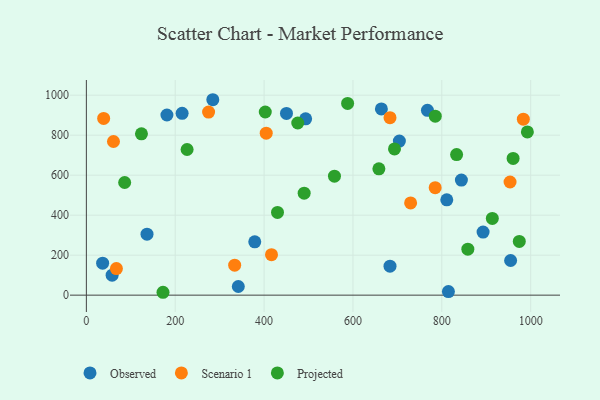
{"axis": {"x": "Study Hours", "y": "Exam Score"}, "legend": ["Observed", "Projected", "Scenario 1"], "data": [{"x": "284.6", "y": 977.2, "type": "Observed"}, {"x": "136.5", "y": 304.7, "type": "Observed"}, {"x": "767.7", "y": 924.1, "type": "Observed"}, {"x": "664.0", "y": 931.4, "type": "Observed"}, {"x": "36.6", "y": 160.0, "type": "Observed"}, {"x": "811.2", "y": 476.8, "type": "Observed"}, {"x": "215.5", "y": 909.0, "type": "Observed"}, {"x": "181.3", "y": 900.9, "type": "Observed"}, {"x": "954.9", "y": 173.3, "type": "Observed"}, {"x": "493.5", "y": 881.8, "type": "Observed"}, {"x": "58.0", "y": 100.1, "type": "Observed"}, {"x": "844.1", "y": 575.4, "type": "Observed"}, {"x": "814.9", "y": 17.8, "type": "Observed"}, {"x": "683.4", "y": 144.8, "type": "Observed"}, {"x": "342.0", "y": 43.4, "type": "Observed"}, {"x": "704.5", "y": 770.2, "type": "Observed"}, {"x": "450.4", "y": 908.7, "type": "Observed"}, {"x": "379.0", "y": 266.8, "type": "Observed"}, {"x": "892.9", "y": 315.4, "type": "Observed"}, {"x": "333.8", "y": 150.1, "type": "Scenario 1"}, {"x": "275.1", "y": 915.3, "type": "Scenario 1"}, {"x": "683.4", "y": 887.5, "type": "Scenario 1"}, {"x": "38.9", "y": 883.7, "type": "Scenario 1"}, {"x": "953.6", "y": 565.9, "type": "Scenario 1"}, {"x": "67.6", "y": 132.9, "type": "Scenario 1"}, {"x": "785.1", "y": 537.2, "type": "Scenario 1"}, {"x": "983.5", "y": 880.0, "type": "Scenario 1"}, {"x": "61.0", "y": 768.3, "type": "Scenario 1"}, {"x": "416.7", "y": 202.4, "type": "Scenario 1"}, {"x": "404.8", "y": 810.1, "type": "Scenario 1"}, {"x": "729.8", "y": 461.2, "type": "Scenario 1"}, {"x": "475.8", "y": 860.7, "type": "Projected"}, {"x": "226.7", "y": 728.3, "type": "Projected"}, {"x": "833.3", "y": 702.8, "type": "Projected"}, {"x": "402.7", "y": 915.8, "type": "Projected"}, {"x": "430.2", "y": 413.5, "type": "Projected"}, {"x": "658.4", "y": 631.9, "type": "Projected"}, {"x": "558.4", "y": 594.9, "type": "Projected"}, {"x": "858.6", "y": 230.0, "type": "Projected"}, {"x": "124.0", "y": 806.6, "type": "Projected"}, {"x": "693.5", "y": 731.0, "type": "Projected"}, {"x": "913.7", "y": 383.7, "type": "Projected"}, {"x": "960.5", "y": 683.6, "type": "Projected"}, {"x": "588.0", "y": 958.8, "type": "Projected"}, {"x": "86.2", "y": 563.2, "type": "Projected"}, {"x": "490.2", "y": 510.1, "type": "Projected"}, {"x": "974.4", "y": 268.5, "type": "Projected"}, {"x": "785.3", "y": 894.9, "type": "Projected"}, {"x": "172.5", "y": 14.4, "type": "Projected"}, {"x": "992.6", "y": 816.2, "type": "Projected"}]}